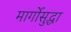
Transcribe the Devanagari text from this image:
मार्गोसुद्धा